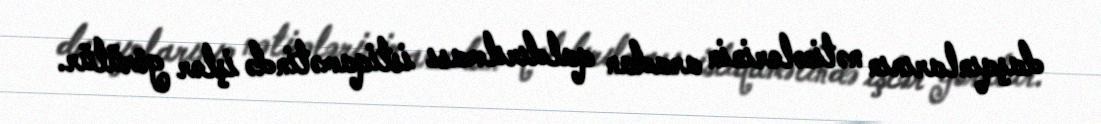
daşqınlarının nəticələrinin aradan qaldırılması istiqamətində işlər görülür.